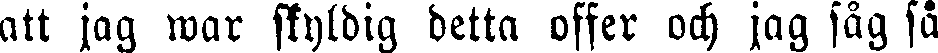
att jag war skyldig detta offer och jag såg så